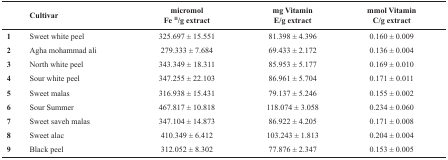
|  | Cultivar | micromol Fe II/g extract | mg Vitamin E/g extract | mmol Vitamin C/g extract |
 | --- | --- | --- | --- | --- |
 | 1 | Sweet white peel | 325.697 ± 15.551 | 81.398 ± 4.396 | 0.160 ± 0.009 |
 | 2 | Agha mohammad ali | 279.333 ± 7.684 | 69.433 ± 2.172 | 0.136 ± 0.004 |
 | 3 | North white peel | 343.349 ± 18.311 | 85.953 ± 5.177 | 0.169 ± 0.010 |
 | 4 | Sour white peel | 347.255 ± 22.103 | 86.961 ± 5.704 | 0.171 ± 0.011 |
 | 5 | Sweet malas | 316.938 ± 15.431 | 79.137 ± 5.246 | 0.155 ± 0.002 |
 | 6 | Sour Summer | 467.817 ± 10.818 | 118.074 ± 3.058 | 0.234 ± 0.060 |
 | 7 | Sweet saveh malas | 347.104 ± 14.873 | 86.922 ± 4.205 | 0.171 ± 0.008 |
 | 8 | Sweet alac | 410.349 ± 6.412 | 103.243 ± 1.813 | 0.204 ± 0.004 |
 | 9 | Black peel | 312.052 ± 8.302 | 77.876 ± 2.347 | 0.153 ± 0.005 |